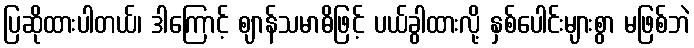
ပြဆိုထားပါတယ်၊ ဒါကြောင့် ဈာန်သမာဓိဖြင့် ပယ်ခွါထားလို့ နှစ်ပေါင်းများစွာ မဖြစ်ဘဲ